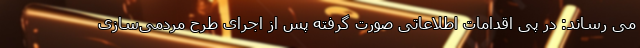
می رساند: در پی اقدامات اطلاعاتی صورت گرفته پس از اجرای طرح مردمی‌سازی